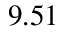
9 . 5 1